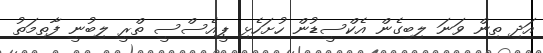
އަދި ތިން ވަނަ ލިބިގެން އެކްސީޑުން ހުށަހެޅި ޕީއެސްސީ ތްރީ ލިބުނީ ފާތިމަތު